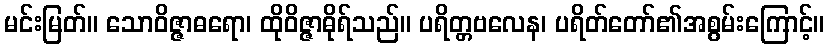
မင်းမြတ်။ သောဝိဇ္ဇာဓရော၊ ထိုဝိဇ္ဇာဓိုရ်သည်။ ပရိတ္တဗလေန၊ ပရိတ်တော်၏အစွမ်းကြောင့်။